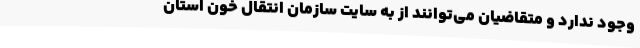
وجود ندارد و متقاضیان می‌توانند از به سایت سازمان انتقال خون استان